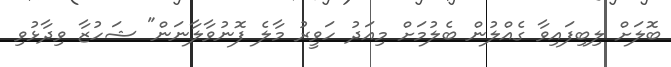
ބޮލަށް ލިބިފައިވާ ގެއްލުން ބެލުމަށް މިއަދު ހަވީރު މާލެ ފޮނުވާލާނަން" ޝަހުޒާ ވިދާޅުވި